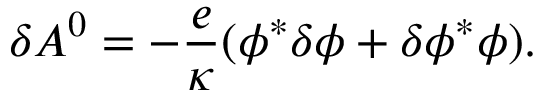
\delta A ^ { 0 } = - { \frac { e } { \kappa } } ( \phi ^ { * } \delta \phi + \delta \phi ^ { * } \phi ) .